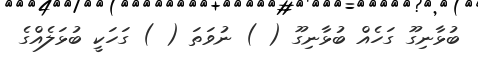
ބުޅާނިގޫ ގަހެއް ބުޅާނިގޫ ( ) ނުވަތަ ( ) ގަހަކީ ބުޅަލެއްގެ